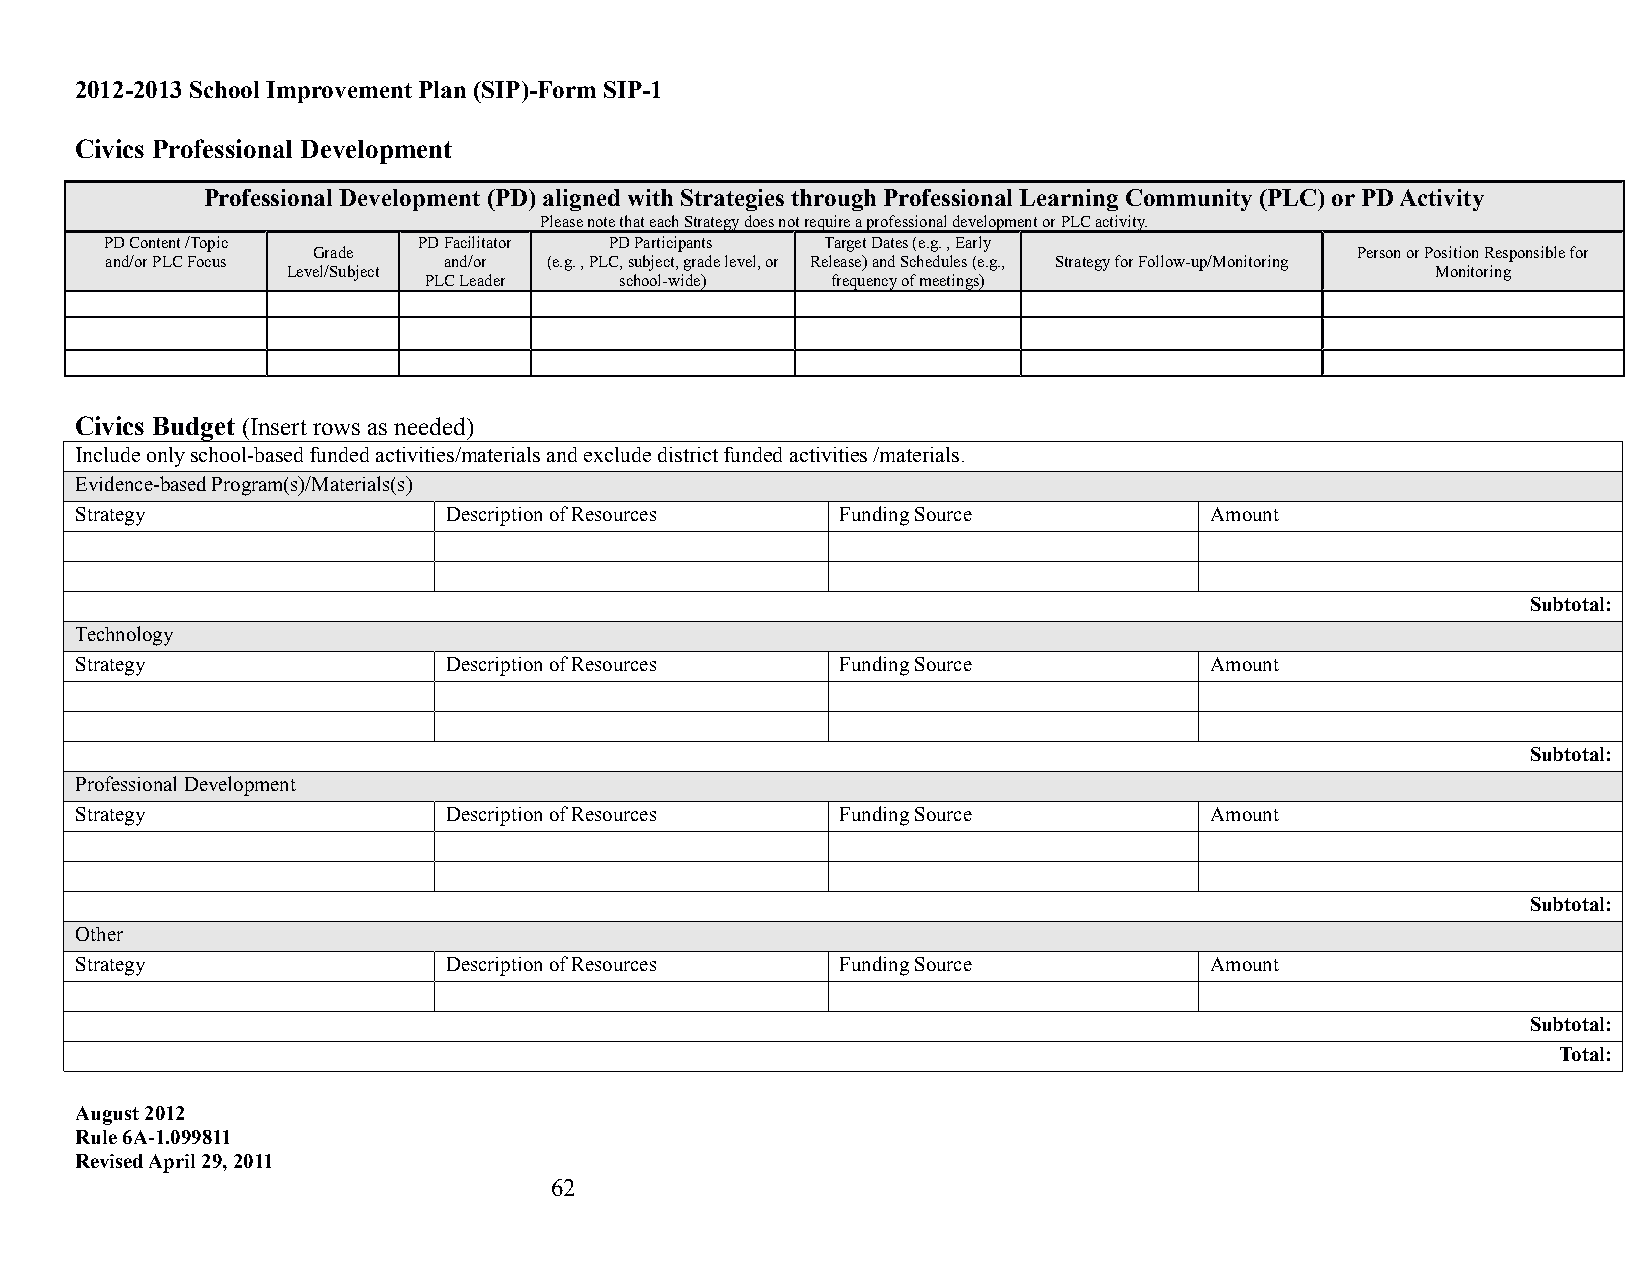
2012-2013 School Improvement Plan (SIP)-Form SIP-1
 Civics Professional Development
 Professional Development (PD) aligned with Strategies through Professional Learning Community (PLC) or PD Activity
 Please note that each Strategy does not require a professional development or PLC activity.
 PD Content /Topic    PD Facilitator PD Participants Target Dates (e.g. , Early
 Grade                                                                Person or Position Responsible for
 and/or PLC Focus      and/or (e.g. , PLC, subject, grade level, or Release) and Schedules (e.g., Strategy for Follow-up/Monitoring
 Level/Subject                                                               Monitoring
 PLC Leader   school-wide)  frequency of meetings)
 Civics Budget (Insert rows as needed)
 Include only school-based funded activities/materials and exclude district funded activities /materials.
 Evidence-based Program(s)/Materials(s)
 Strategy                 Description of Resources  Funding Source          Amount
 Subtotal:
 Technology
 Strategy                 Description of Resources  Funding Source          Amount
 Subtotal:
 Professional Development
 Strategy                 Description of Resources  Funding Source          Amount
 Subtotal:
 Other
 Strategy                 Description of Resources  Funding Source          Amount
 Subtotal:
 Total:
 August 2012
 Rule 6A-1.099811
 Revised April 29, 2011
 62